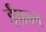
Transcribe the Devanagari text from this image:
ईफ़ल